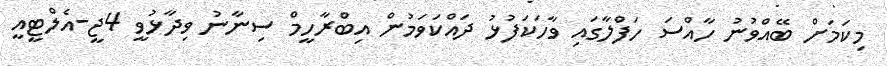
މިކަމަށް ބޭއްވުނު ހާއްސަ ހަފްލާގައި ވާހަކަފުޅު ދައްކަވަމުން އިބްރާހީމް ސިނާނު ވިދާޅުވީ 4ޖީ-އެލްޓީއީ